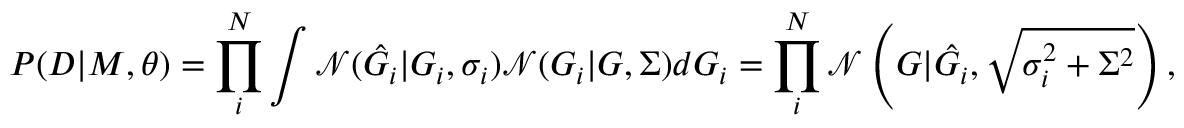
P ( D | M , \theta ) = \prod _ { i } ^ { N } \int \mathcal { N } ( \hat { G _ { i } } | G _ { i } , \sigma _ { i } ) \mathcal { N } ( G _ { i } | G , \Sigma ) d G _ { i } = \prod _ { i } ^ { N } \mathcal { N } \left( G | \hat { G _ { i } } , \sqrt { \sigma _ { i } ^ { 2 } + \Sigma ^ { 2 } } \right) ,